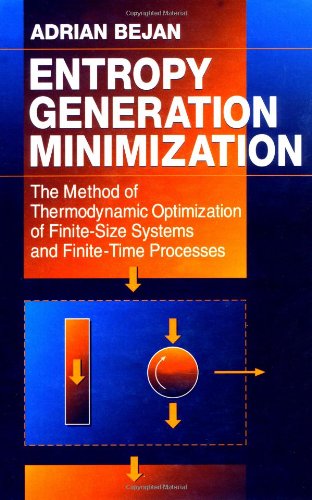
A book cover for Entropy Generation Minimization: The Method of Thermodynamic Optimization of Finite-Size Systems and Finite-Time Processes (Mechanical and Aerospace Engineering Series); Adrian Bejan; Science & Math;